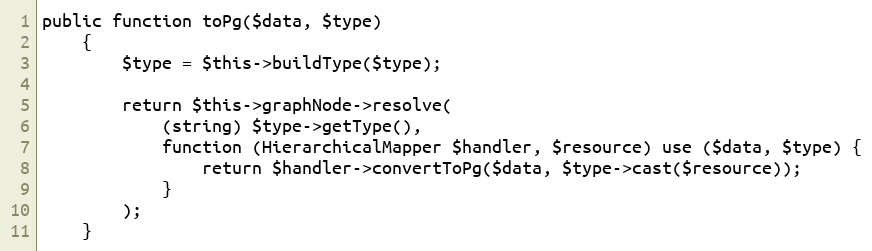
Language: PHP
public function toPg($data, $type)
    {
        $type = $this->buildType($type);

        return $this->graphNode->resolve(
            (string) $type->getType(),
            function (HierarchicalMapper $handler, $resource) use ($data, $type) {
                return $handler->convertToPg($data, $type->cast($resource));
            }
        );
    }